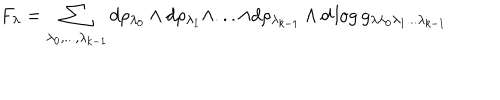
LaTeX: F _ { \lambda } = \sum _ { \lambda _ { 0 } , . . . , \lambda _ { k - 1 } } d \rho _ { \lambda _ { 0 } } \wedge d \rho _ { \lambda _ { 1 } } \wedge . . . \wedge d \rho _ { \lambda _ { k - 1 } } \wedge d \log g _ { \lambda \lambda _ { 0 } \lambda _ { 1 } . . . \lambda _ { k - 1 } }